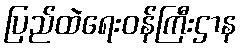
ပြည်ထဲရေးဝန်ကြီးဌာန